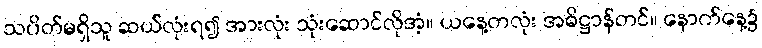
သပိတ်မရှိသူ ဆယ်လုံးရ၍ အားလုံး သုံးဆောင်လိုအံ့။ ယနေ့တလုံး အဓိဋ္ဌာန်တင်။ နောက်နေ့၌